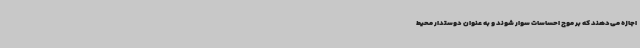
اجازه می‌دهند که بر موج احساسات سوار شوند و به عنوان دوستدار محیط